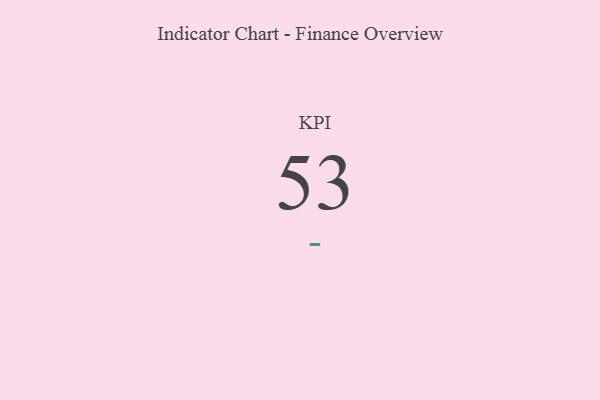
{"axis": {"x": "KPI", "y": "Value"}, "legend": [""], "data": [{"x": "KPI", "y": 53, "type": ""}]}